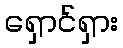
ရှောင်ရှား